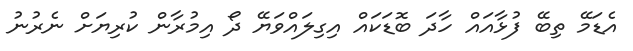
އެޑަމޭ ތިބޭ ފުޅާއައް ހާދަ ބޮޑަކައް އިގިލައްވަޔޭ ދޯ އިމުރާން ކުރިޔަށް ނެރުނު